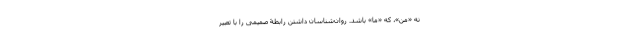
نه «من»، که «ما» باشد. روان‌شناسان داشتن رابطۀ صمیمی را با تعبیر